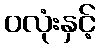
ဝလုံးနှင့်